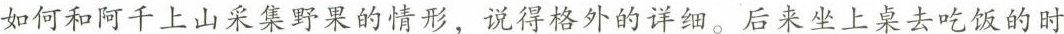
如何和阿千上山采集野果的情形，说得格外的详细。后来坐上桌去吃饭的时